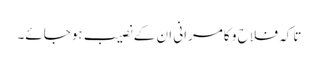
تاکہ فلاح و کامرانی ان کے نصیب ہوجائے۔